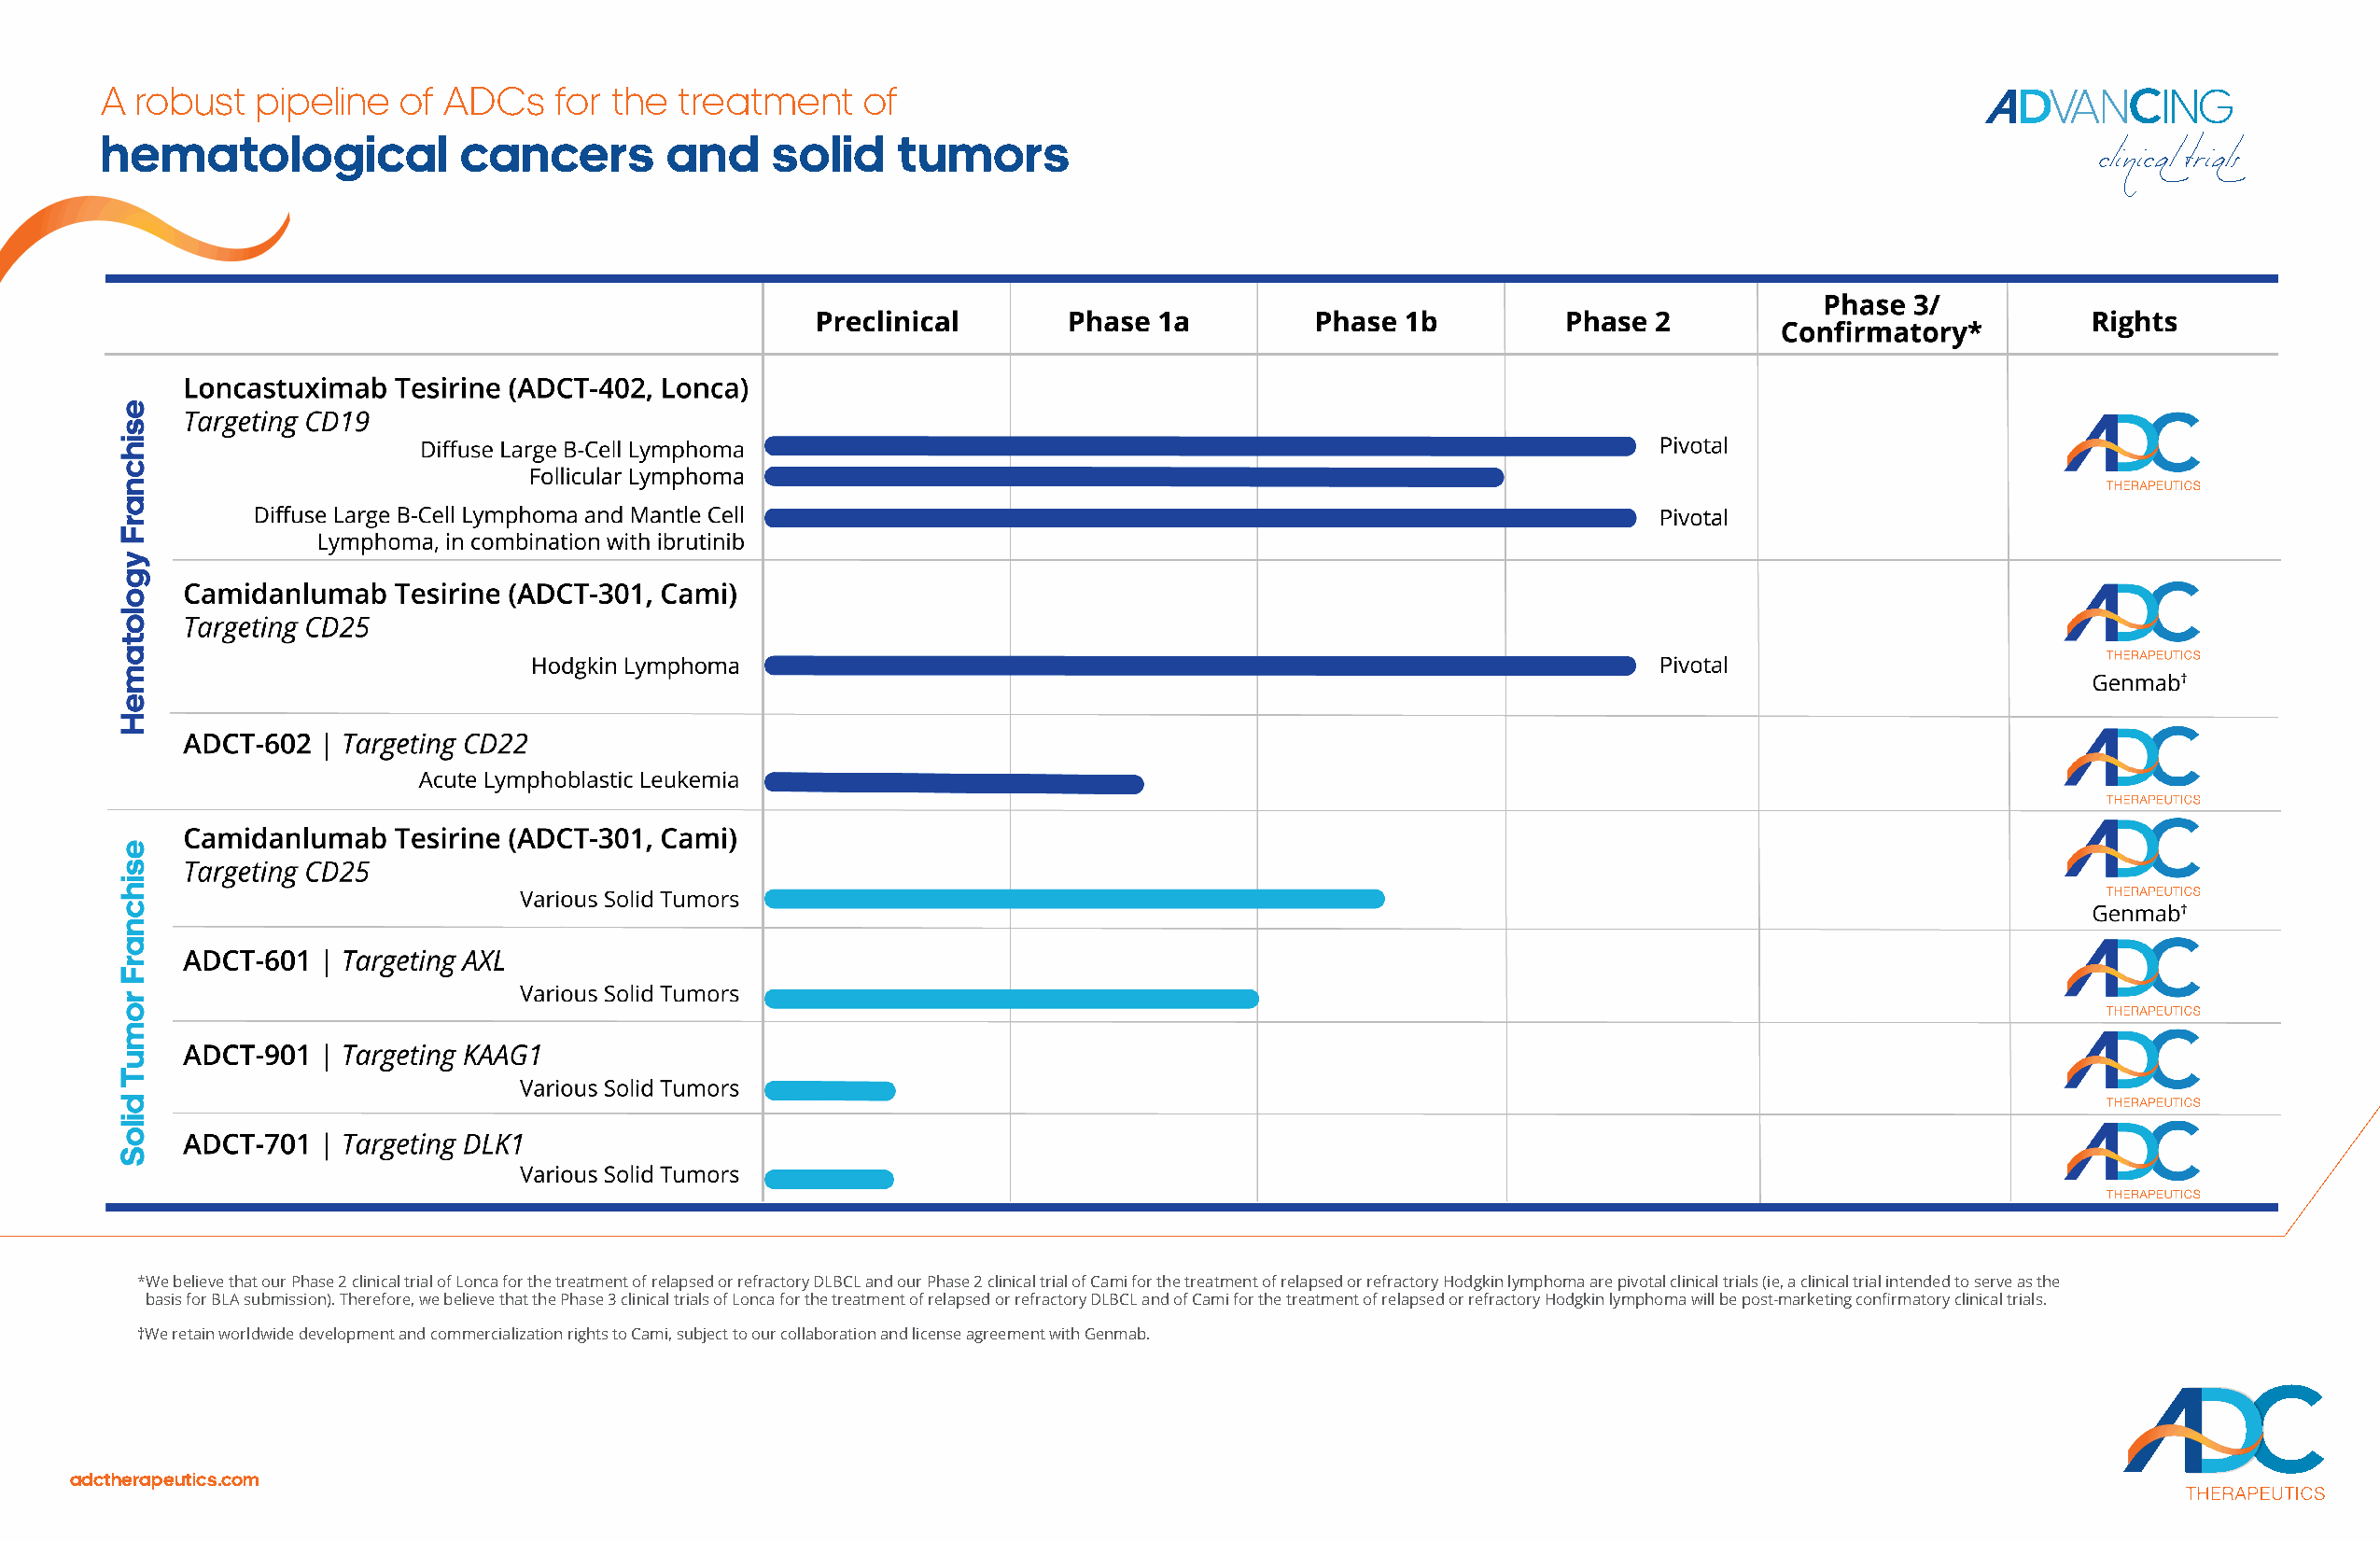
A  robust  pipeline  of  ADCs   for the  treatment    of                                                                                  VAN     ING
 hematological             cancers       and     solid    tumors
 clinical trials
 * We believe that our Phase 2 clinical trial of Lonca for the treatment of relapsed or refractory DLBCL and our Phase 2 clinical trial of Cami for the treatment of relapsed or refractory Hodgkin lymphoma are pivotal clinical trials ( ie, a clinical trial intended to serve as the
 basis for BLA submission). Therefore, we believe that the Phase 3 clinical trials of Lonca for the treatment of relapsed or refractory DLBCL and of Cami for the treatment o f relapsed or refractory Hodgkin lymphoma will be post-marketing confirmatory clinical trials.
 †We retain worldwide development and commercialization rights to Cami, subject to our collaboration and license agreement with Genmab.
 adctherapeutics.com